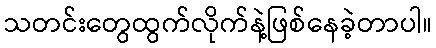
သတင်းတွေထွက်လိုက်နဲ့ဖြစ်နေခဲ့တာပါ။